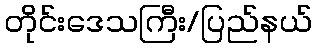
တိုင်းဒေသကြီး/ပြည်နယ်